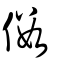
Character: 𠐍